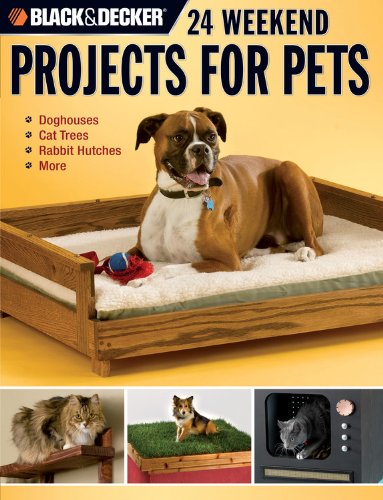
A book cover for Black & Decker 24 Weekend Projects for Pets: Dog Houses, Cat Trees, Rabbit Hutches & More; David Griffin; Crafts, Hobbies & Home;